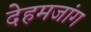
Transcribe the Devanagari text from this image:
देहमजांग